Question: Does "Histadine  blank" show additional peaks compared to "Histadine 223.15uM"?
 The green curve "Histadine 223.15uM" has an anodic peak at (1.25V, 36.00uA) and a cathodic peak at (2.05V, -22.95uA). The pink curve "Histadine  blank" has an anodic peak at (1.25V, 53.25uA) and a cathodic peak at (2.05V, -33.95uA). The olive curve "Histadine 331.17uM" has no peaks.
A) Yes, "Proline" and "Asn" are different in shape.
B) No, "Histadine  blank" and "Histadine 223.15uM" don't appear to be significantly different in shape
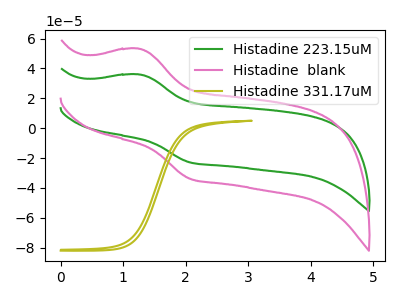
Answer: <think>All the peaks in "Histadine  blank" have a peak in "Histadine 223.15uM" at the same potential. Every peak in "Histadine  blank" is higher than every peak in "Histadine 223.15uM".
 </think>
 <answer>B) No, "Histadine  blank" and "Histadine 223.15uM" don't appear to be significantly different in shape</answer>
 <eval>B</eval>